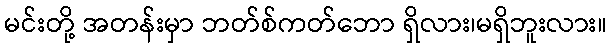
မင်းတို့ အတန်းမှာ ဘတ်စ်ကတ်ဘော ရှိလား၊မရှိဘူးလား။